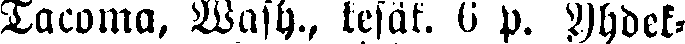
Tacoma. Wash., kesäk, 6 p. Yhdek-